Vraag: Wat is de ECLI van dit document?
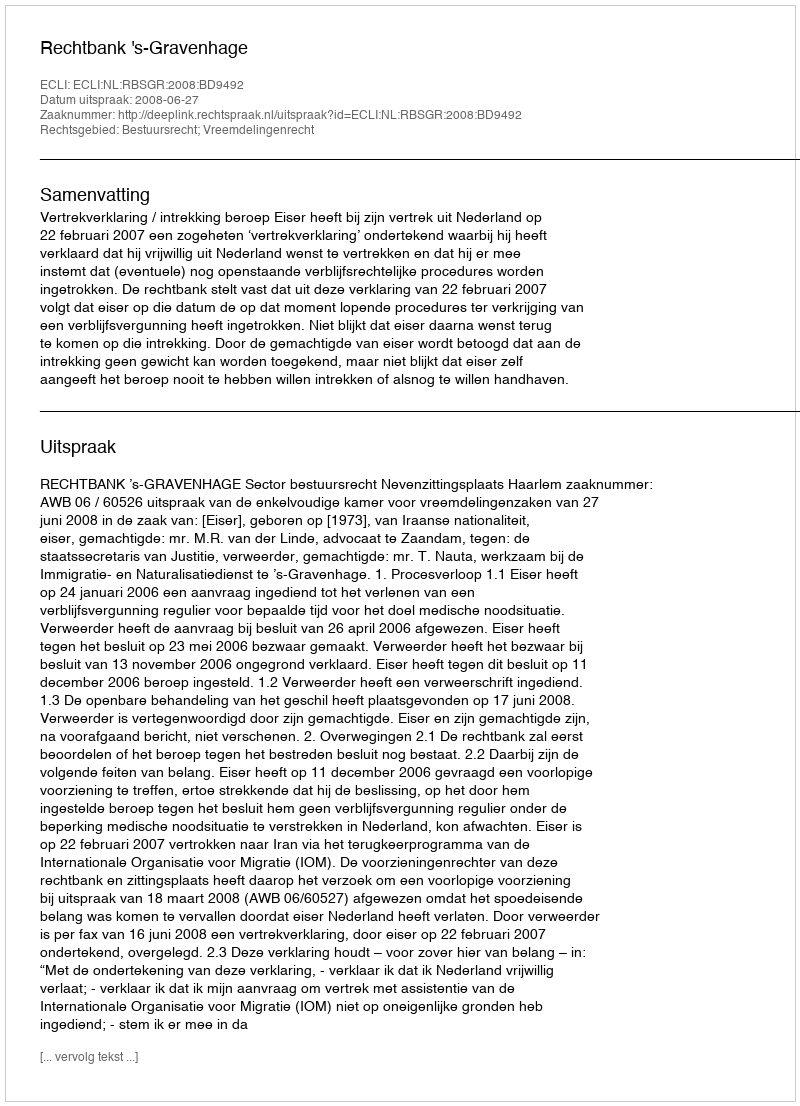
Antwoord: ECLI:NL:RBSGR:2008:BD9492